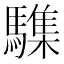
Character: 䮶